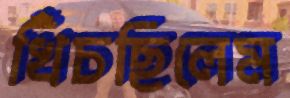
খিঁচছিলেম